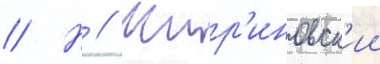
// Н // Жир'иновск'ии